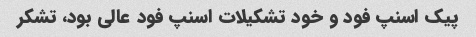
پیک اسنپ فود و خود تشکیلات اسنپ فود عالی بود، تشکر